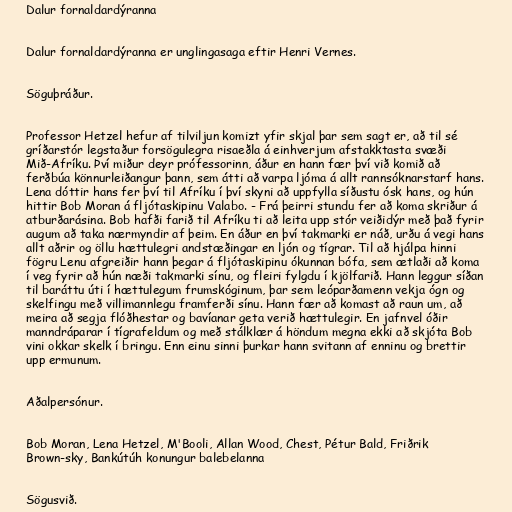
Dalur fornaldardýranna

Dalur fornaldardýranna er unglingasaga eftir Henri Vernes.

Söguþráður.

Professor Hetzel hefur af tilviljun komizt yfir skjal þar sem sagt er, að til sé
gríðarstór legstaður forsögulegra risaeðla á einhverjum afstakktasta svæði
Mið-Afríku. Því miður deyr prófessorinn, áður en hann fær því við komið að
ferðbúa könnurleiðangur þann, sem átti að varpa ljóma á allt rannsóknarstarf hans.
Lena dóttir hans fer því til Afríku í því skyni að uppfylla síðustu ósk hans, og hún
hittir Bob Moran á fljótaskipinu Valabo. - Frá þeirri stundu fer að koma skriður á
atburðarásina. Bob hafði farið til Afríku ti að leita upp stór veiðidýr með það fyrir
augum að taka nærmyndir af þeim. En áður en því takmarki er náð, urðu á vegi hans
allt aðrir og öllu hættulegri andstæðingar en ljón og tígrar. Til að hjálpa hinni
fögru Lenu afgreiðir hann þegar á fljótaskipinu ókunnan bófa, sem ætlaði að koma
í veg fyrir að hún næði takmarki sínu, og fleiri fylgdu í kjölfarið. Hann leggur síðan
til baráttu úti í hættulegum frumskóginum, þar sem leóparðamenn vekja ógn og
skelfingu með villimannlegu framferði sínu. Hann fær að komast að raun um, að
meira að segja flóðhestar og bavíanar geta verið hættulegir. En jafnvel óðir
manndráparar í tígrafeldum og með stálklær á höndum megna ekki að skjóta Bob
vini okkar skelk í bringu. Enn einu sinni þurkar hann svitann af enninu og brettir
upp ermunum.

Aðalpersónur.

Bob Moran, Lena Hetzel, M'Booli, Allan Wood, Chest, Pétur Bald, Friðrik
Brown-sky, Bankútúh konungur balebelanna

Sögusvið.